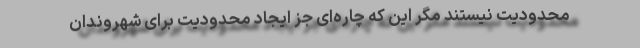
محدودیت نیستند مگر این که چاره‌ای جز ایجاد محدودیت برای شهروندان